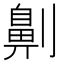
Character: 劓